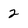
Character: 2